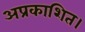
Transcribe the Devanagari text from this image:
अप्रकाशित।